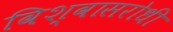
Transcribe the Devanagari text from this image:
विश्‍वासरोधी